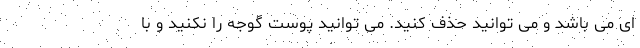
ای می باشد و می توانید حذف کنید. می توانید پوست گوجه را نکنید و با